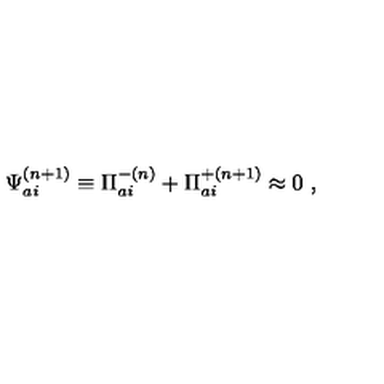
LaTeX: { \Psi } _ { a i } ^ { ( n + 1 ) } \equiv { \Pi } _ { a i } ^ { - ( n ) } + { \Pi } _ { a i } ^ { + ( n + 1 ) } \approx 0 \ ,